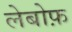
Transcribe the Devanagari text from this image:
लेबोफ़